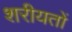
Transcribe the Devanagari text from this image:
शरीयतों